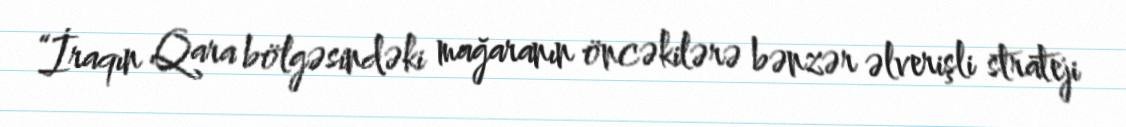
“İraqın Qara bölgəsindəki mağaranın öncəkilərə bənzər əlverişli strateji